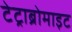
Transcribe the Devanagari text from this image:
टेट्राब्रोमाइट